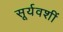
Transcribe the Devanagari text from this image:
सूर्यवशीं